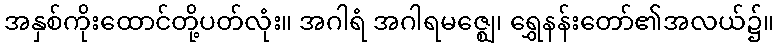
အနှစ်ကိုးထောင်တို့ပတ်လုံး။ အဂါရံ အဂါရမဇ္ဈေ၊ ရွှေနန်းတော်၏အလယ်၌။